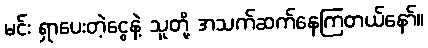
မင်း ရှာပေးတဲ့ငွေနဲ့ သူတို့ အသက်ဆက်နေကြတယ်နော်။